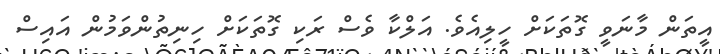
އީތަން މާނަވީ ގޮތަކަށް ހީލިއެވެ. އަލްކާ ވެސް ރަކި ގޮތަކަށް ހިނިތުންވަމުން އައިސް